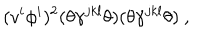
( v ^ { i } \phi ^ { i } ) ^ { 2 } ( \theta \gamma ^ { j k l } \theta ) ( \theta \gamma ^ { j k l } \theta ) ~ ,